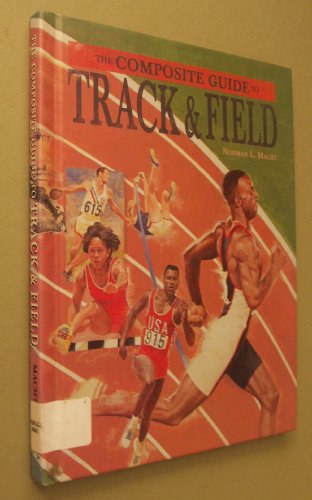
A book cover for Track & Field (Compos Guide) (Z) (Composite Guides); Norman L. Macht; Children's Books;